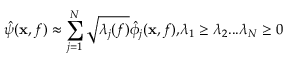
\hat { \psi } ( \mathbf { x } , f ) \approx \sum _ { j = 1 } ^ { N } \sqrt { \lambda _ { j } ( f ) } \hat { \phi } _ { j } ( \mathbf { x } , f ) , \! \lambda _ { 1 } \geq \lambda _ { 2 } . . . \lambda _ { N } \geq 0